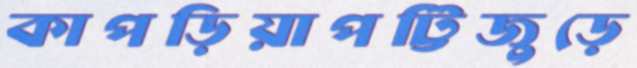
কাপড়িয়াপট্টিজুড়ে